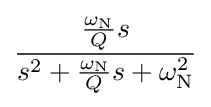
{\frac {{\frac {\omega _{\mathrm {N} }}{Q}}s}{s^{2}+{\frac {\omega _{\mathrm {N} }}{Q}}s+\omega _{\mathrm {N} }^{2}}}